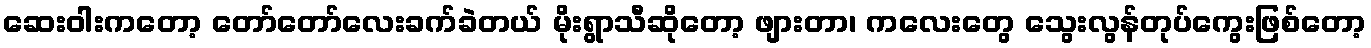
ဆေးဝါးကတော့ တော်တော်လေးခက်ခဲတယ် မိုးရွာသီဆိုတော့ ဖျားတာ၊ ကလေးတွေ သွေးလွန်တုပ်ကွေးဖြစ်တော့